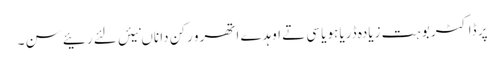
پر ڈاکٹر بوہت زیادہ ڈریا ہویا سی تے اوہدے اتھرو رکن دا ناں نیئں لئے رئیے سن ۔